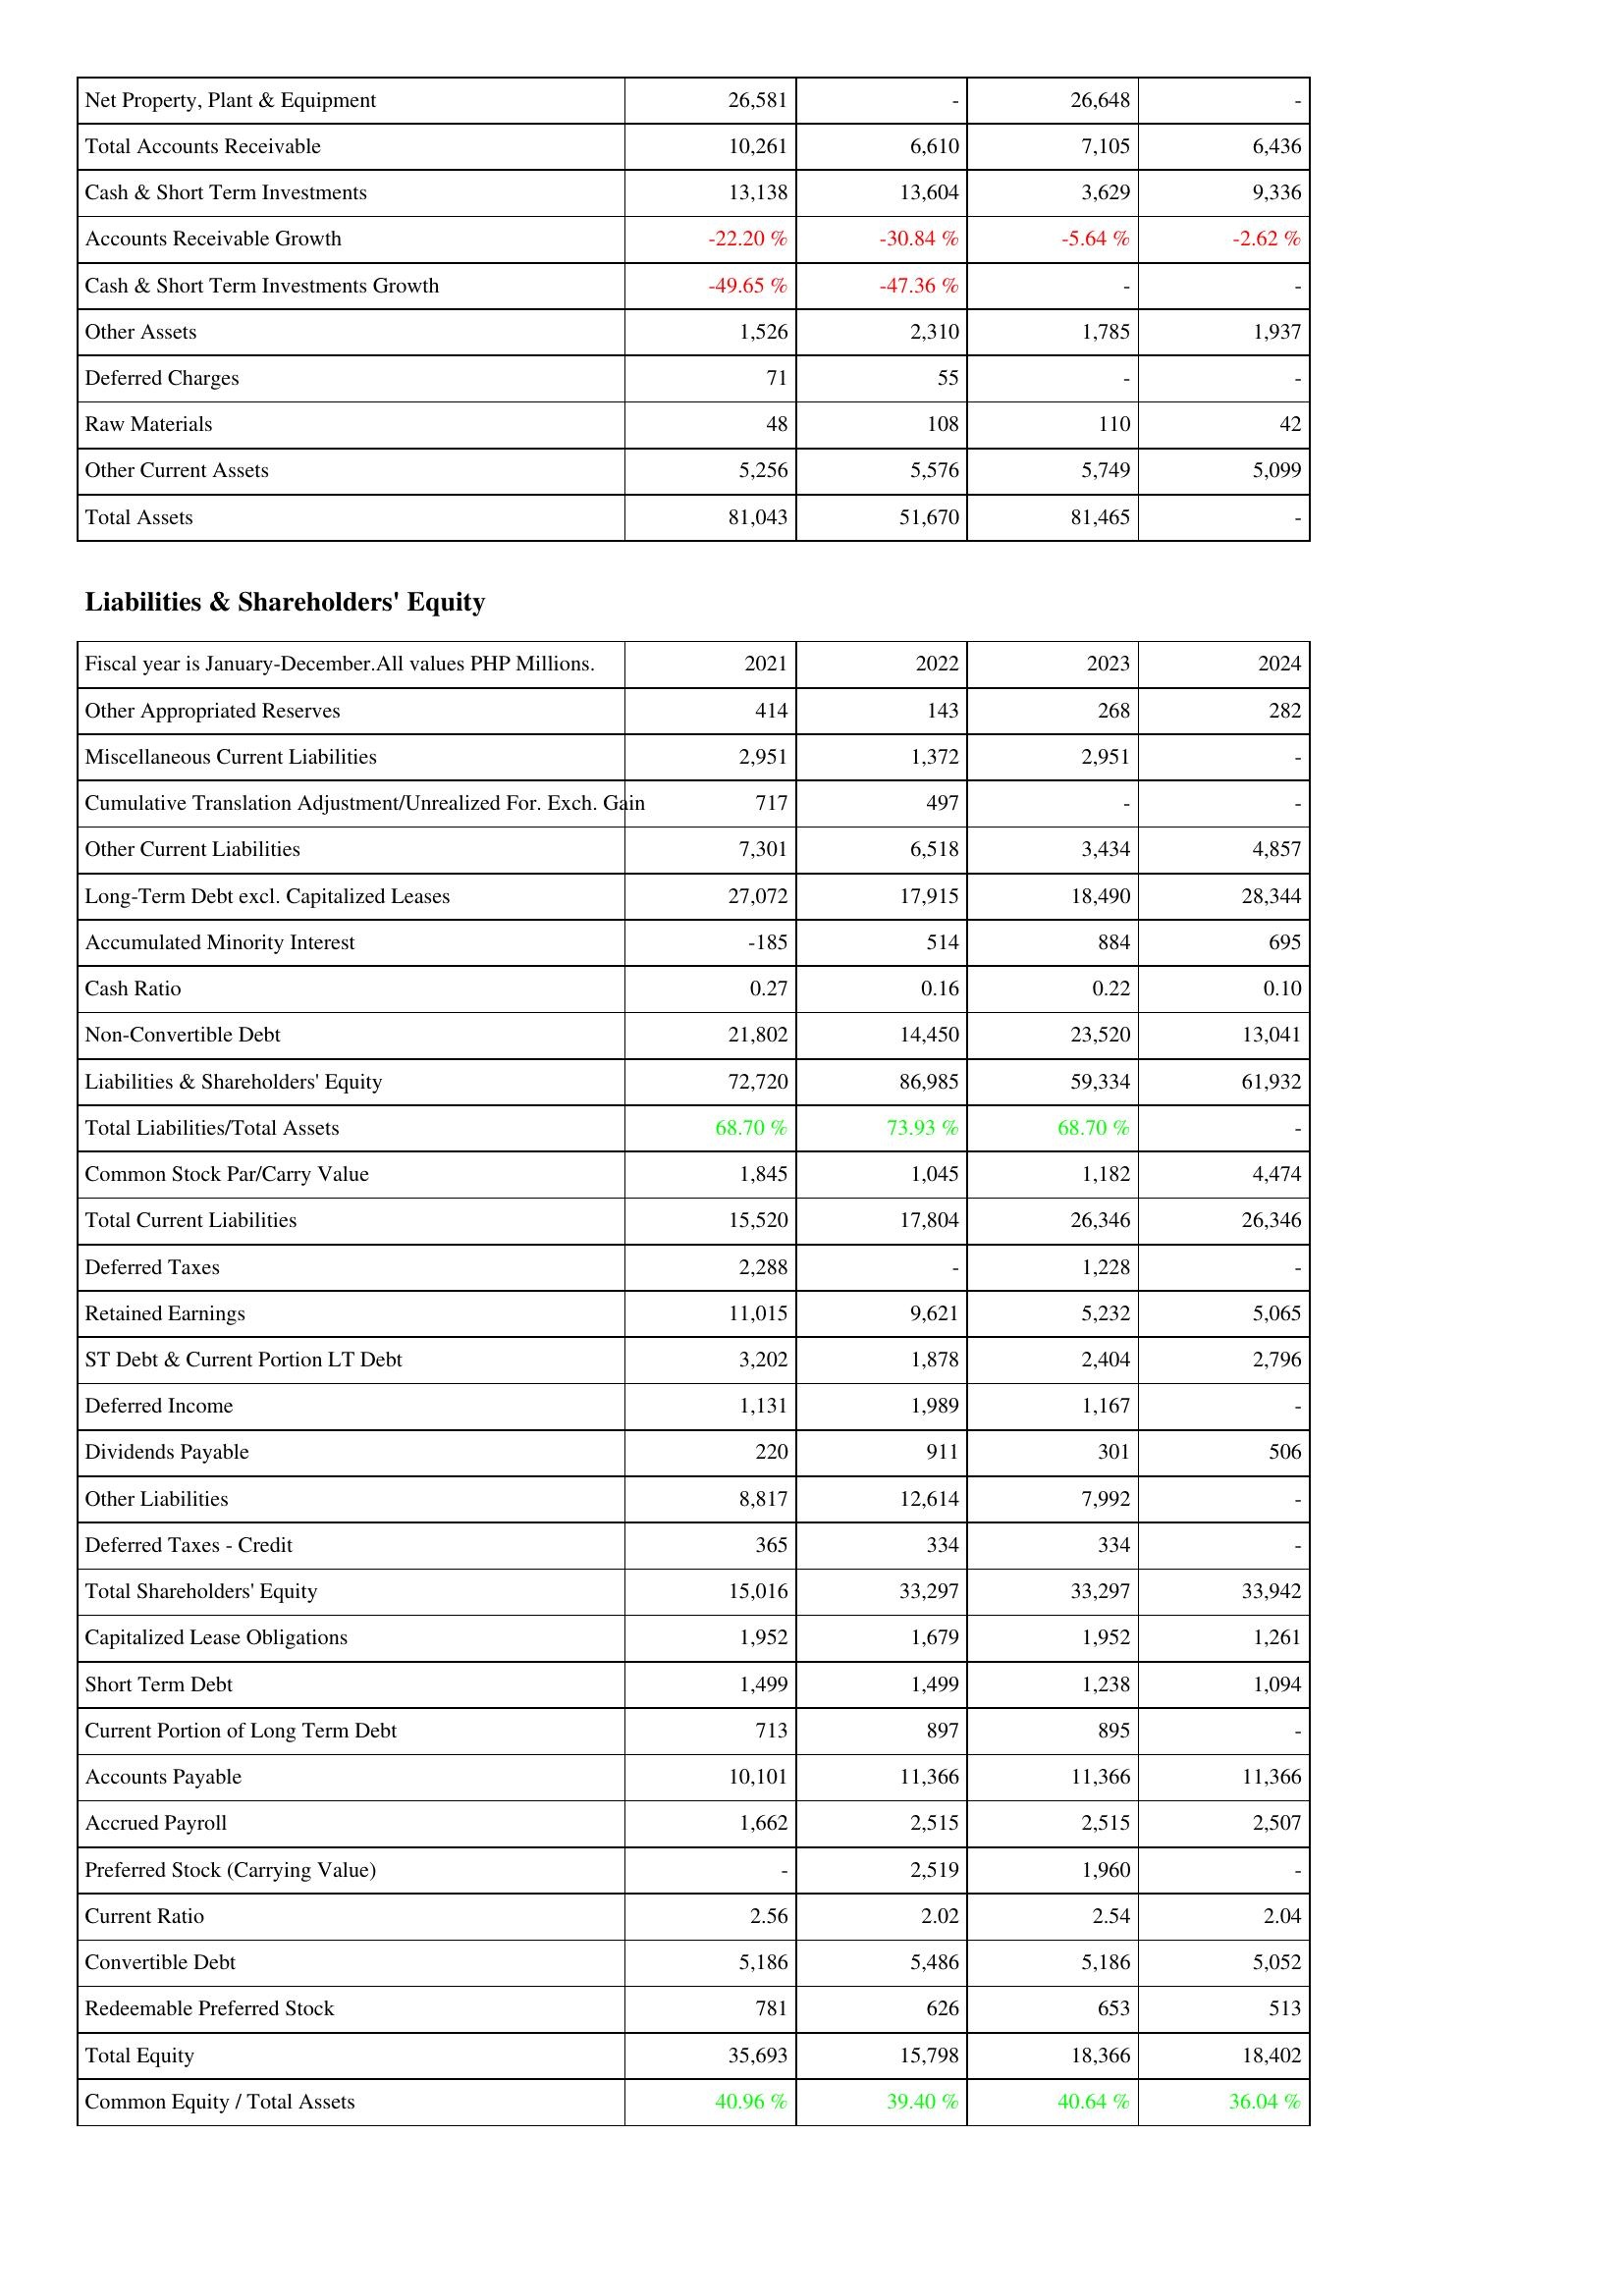
2021: Assets: Net Property, Plant & Equipment: 26,581
Total Accounts Receivable: 10,261
Cash & Short Term Investments: 13,138
Accounts Receivable Growth: -22.20 %
Cash & Short Term Investments Growth: -49.65 %
Other Assets: 1,526
Deferred Charges: 71
Raw Materials: 48
Other Current Assets: 5,256
Total Assets: 81,043
Liabilities & Shareholders' Equity: Other Appropriated Reserves: 414
Miscellaneous Current Liabilities: 2,951
Cumulative Translation Adjustment/Unrealized For. Exch. Gain: 717
Other Current Liabilities: 7,301
Long-Term Debt excl. Capitalized Leases: 27,072
Accumulated Minority Interest: -185
Cash Ratio: 0.27
Non-Convertible Debt: 21,802
Liabilities & Shareholders' Equity: 72,720
Total Liabilities/Total Assets: 68.70 %
Common Stock Par/Carry Value: 1,845
Total Current Liabilities: 15,520
Deferred Taxes: 2,288
Retained Earnings: 11,015
ST Debt & Current Portion LT Debt: 3,202
Deferred Income: 1,131
Dividends Payable: 220
Other Liabilities: 8,817
Deferred Taxes - Credit: 365
Total Shareholders' Equity: 15,016
Capitalized Lease Obligations: 1,952
Short Term Debt: 1,499
Current Portion of Long Term Debt: 713
Accounts Payable: 10,101
Accrued Payroll: 1,662
Preferred Stock (Carrying Value): -
Current Ratio: 2.56
Convertible Debt: 5,186
Redeemable Preferred Stock: 781
Total Equity: 35,693
Common Equity / Total Assets: 40.96 %
2022: Assets: Net Property, Plant & Equipment: -
Total Accounts Receivable: 6,610
Cash & Short Term Investments: 13,604
Accounts Receivable Growth: -30.84 %
Cash & Short Term Investments Growth: -47.36 %
Other Assets: 2,310
Deferred Charges: 55
Raw Materials: 108
Other Current Assets: 5,576
Total Assets: 51,670
Liabilities & Shareholders' Equity: Other Appropriated Reserves: 143
Miscellaneous Current Liabilities: 1,372
Cumulative Translation Adjustment/Unrealized For. Exch. Gain: 497
Other Current Liabilities: 6,518
Long-Term Debt excl. Capitalized Leases: 17,915
Accumulated Minority Interest: 514
Cash Ratio: 0.16
Non-Convertible Debt: 14,450
Liabilities & Shareholders' Equity: 86,985
Total Liabilities/Total Assets: 73.93 %
Common Stock Par/Carry Value: 1,045
Total Current Liabilities: 17,804
Deferred Taxes: -
Retained Earnings: 9,621
ST Debt & Current Portion LT Debt: 1,878
Deferred Income: 1,989
Dividends Payable: 911
Other Liabilities: 12,614
Deferred Taxes - Credit: 334
Total Shareholders' Equity: 33,297
Capitalized Lease Obligations: 1,679
Short Term Debt: 1,499
Current Portion of Long Term Debt: 897
Accounts Payable: 11,366
Accrued Payroll: 2,515
Preferred Stock (Carrying Value): 2,519
Current Ratio: 2.02
Convertible Debt: 5,486
Redeemable Preferred Stock: 626
Total Equity: 15,798
Common Equity / Total Assets: 39.40 %
2023: Assets: Net Property, Plant & Equipment: 26,648
Total Accounts Receivable: 7,105
Cash & Short Term Investments: 3,629
Accounts Receivable Growth: -5.64 %
Cash & Short Term Investments Growth: -
Other Assets: 1,785
Deferred Charges: -
Raw Materials: 110
Other Current Assets: 5,749
Total Assets: 81,465
Liabilities & Shareholders' Equity: Other Appropriated Reserves: 268
Miscellaneous Current Liabilities: 2,951
Cumulative Translation Adjustment/Unrealized For. Exch. Gain: -
Other Current Liabilities: 3,434
Long-Term Debt excl. Capitalized Leases: 18,490
Accumulated Minority Interest: 884
Cash Ratio: 0.22
Non-Convertible Debt: 23,520
Liabilities & Shareholders' Equity: 59,334
Total Liabilities/Total Assets: 68.70 %
Common Stock Par/Carry Value: 1,182
Total Current Liabilities: 26,346
Deferred Taxes: 1,228
Retained Earnings: 5,232
ST Debt & Current Portion LT Debt: 2,404
Deferred Income: 1,167
Dividends Payable: 301
Other Liabilities: 7,992
Deferred Taxes - Credit: 334
Total Shareholders' Equity: 33,297
Capitalized Lease Obligations: 1,952
Short Term Debt: 1,238
Current Portion of Long Term Debt: 895
Accounts Payable: 11,366
Accrued Payroll: 2,515
Preferred Stock (Carrying Value): 1,960
Current Ratio: 2.54
Convertible Debt: 5,186
Redeemable Preferred Stock: 653
Total Equity: 18,366
Common Equity / Total Assets: 40.64 %
2024: Assets: Net Property, Plant & Equipment: -
Total Accounts Receivable: 6,436
Cash & Short Term Investments: 9,336
Accounts Receivable Growth: -2.62 %
Cash & Short Term Investments Growth: -
Other Assets: 1,937
Deferred Charges: -
Raw Materials: 42
Other Current Assets: 5,099
Total Assets: -
Liabilities & Shareholders' Equity: Other Appropriated Reserves: 282
Miscellaneous Current Liabilities: -
Cumulative Translation Adjustment/Unrealized For. Exch. Gain: -
Other Current Liabilities: 4,857
Long-Term Debt excl. Capitalized Leases: 28,344
Accumulated Minority Interest: 695
Cash Ratio: 0.10
Non-Convertible Debt: 13,041
Liabilities & Shareholders' Equity: 61,932
Total Liabilities/Total Assets: -
Common Stock Par/Carry Value: 4,474
Total Current Liabilities: 26,346
Deferred Taxes: -
Retained Earnings: 5,065
ST Debt & Current Portion LT Debt: 2,796
Deferred Income: -
Dividends Payable: 506
Other Liabilities: -
Deferred Taxes - Credit: -
Total Shareholders' Equity: 33,942
Capitalized Lease Obligations: 1,261
Short Term Debt: 1,094
Current Portion of Long Term Debt: -
Accounts Payable: 11,366
Accrued Payroll: 2,507
Preferred Stock (Carrying Value): -
Current Ratio: 2.04
Convertible Debt: 5,052
Redeemable Preferred Stock: 513
Total Equity: 18,402
Common Equity / Total Assets: 36.04 %